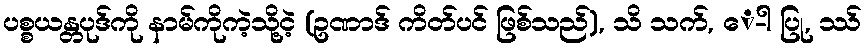
ပစ္စယန္တပုဒ်ကို နာမ်ကိုကဲ့သို့ငဲ့ (ဥဏာဒ် ကိတ်ပင် ဖြစ်သည်), သိ သက်, ေ-ါ ပြု, ဿ်